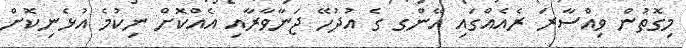
މިގޮތުން ވިއްސާރަ ރެއެއްގައި އޭންގ ގެ އުދުހޭ ޖަނާވާރާއި އެއްކޮށް ނިކުމެ އުޅެނިކޮށް